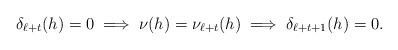
LaTeX: \begin{align*}\delta_{\ell+t}(h)=0\implies\nu(h)=\nu_{\ell+t}(h)\implies\delta_{\ell+t+1}(h)=0.\end{align*}